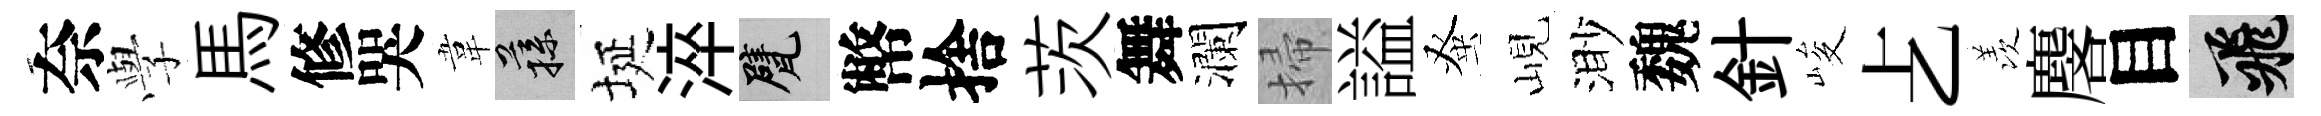
奈𫝯馬修哭韋蓀埏淬甓幣捨茨舞瀾掃謚𫊫峴渺魏針峻𠧒羡麐目飛